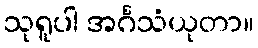
သုရူပါ အင်္ဂသံယုတာ။